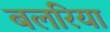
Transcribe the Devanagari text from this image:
बलरिया